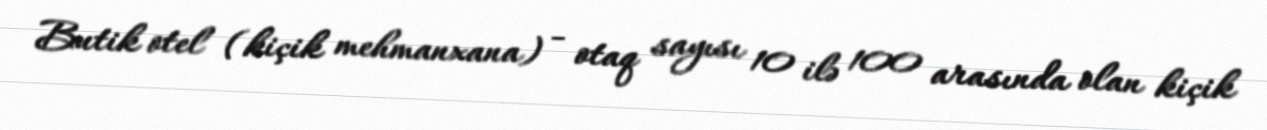
Butik otel (kiçik mehmanxana) - otaq sayısı 10 ilə 100 arasında olan kiçik